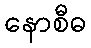
နောစီဓ